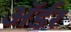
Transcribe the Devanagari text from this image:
ॲर्डर